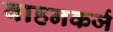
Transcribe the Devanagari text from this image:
वाहनकर्ज